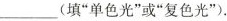
___(填“单色光”或“复色光”).